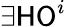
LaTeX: \exists{}{\mathsf{HO}}^{i}